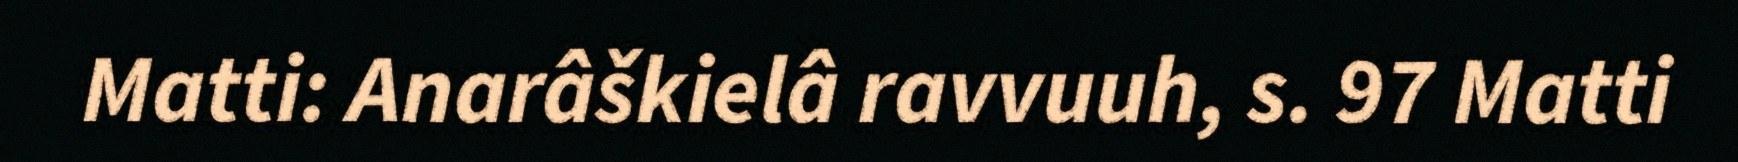
Matti: Anarâškielâ ravvuuh, s. 97 Matti